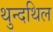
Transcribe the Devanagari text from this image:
थुन्दथिल